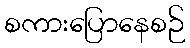
စကားပြောနေစဉ်